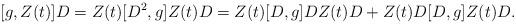
LaTeX: \begin{align*}[g,Z(t)]D= Z(t) [D^2,g] Z(t) D= Z(t) [D,g] DZ(t) D+Z(t)D [D,g] Z(t) D.\end{align*}